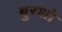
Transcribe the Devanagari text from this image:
बुरशो